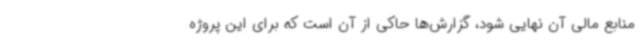
منابع مالی آن نهایی شود، گزارش‌ها حاکی از آن است که برای این پروژه